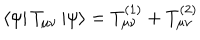
LaTeX: \left< \psi \right| T _ { \mu \nu } \left| \psi \right> = T _ { \mu \nu } ^ { ( 1 ) } + T _ { \mu \nu } ^ { ( 2 ) }